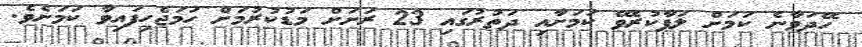
ހޭދަވާނެ ކަމަށް ލަފާކުރެވޭ ކަމަށާއި ދަތުރުގައި 23 ރަށަށް މަޑުކުރުމަށް ހަމަޖެހިފައިވާ ކަމަށެވެ.